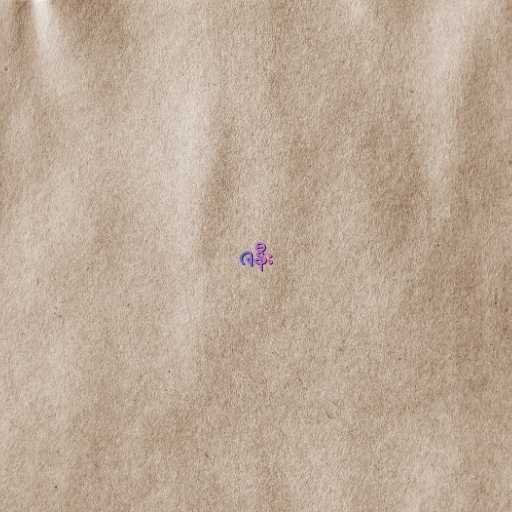
ဇနီး